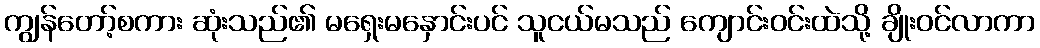
ကျွန်တော့်စကား ဆုံးသည်၏ မရှေးမနှောင်းပင် သူငယ်မသည် ကျောင်းဝင်းထဲသို့ ချိုးဝင်လာကာ